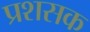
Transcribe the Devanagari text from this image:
प्रशसक